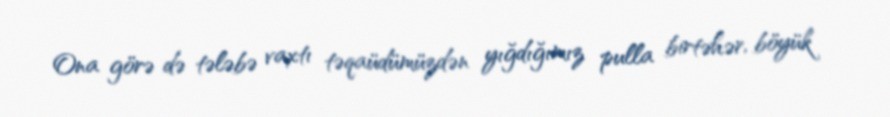
Ona görə də tələbə vaxtı təqaüdümüzdən yığdığımız pulla birtəhər, böyük